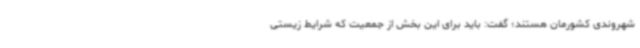
شهروندی کشورمان هستند؛ گفت: باید برای این بخش از جمعیت که شرایط زیستی